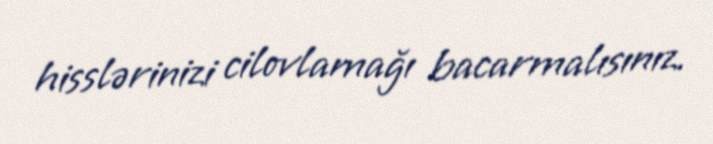
hisslərinizi cilovlamağı bacarmalısınız.